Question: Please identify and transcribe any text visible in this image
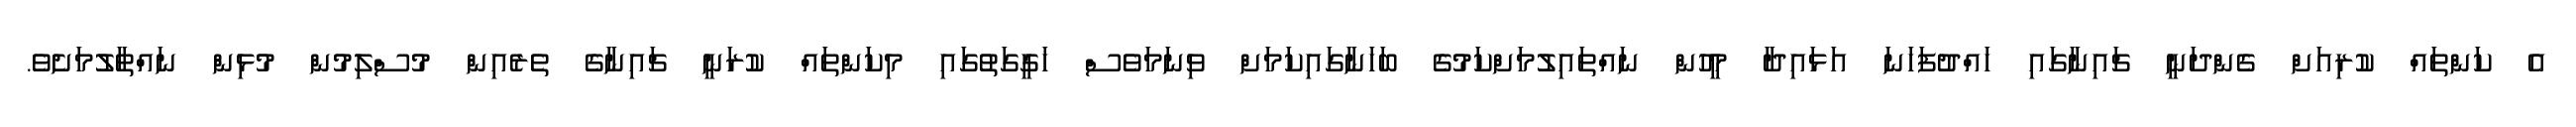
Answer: އެ ކަންތައް ކުރިއަށް ގެންދަނީ ޗައިނާގައި ހައްދުފަހަނަ އަޅައިދާ މީހުން ނައްތައިލުމަށްކަމުގެ ބަހަނާގައިކަމަށް ވިނަމަވެސް ހަގީގަތުގައި މިކަންތައް ކުރަނީ ޗައިނާގެ ތެރެއިން މުސްލިމުން މުޅިން ނައްތާލުމަށެވެ.